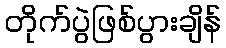
တိုက်ပွဲဖြစ်ပွားချိန်